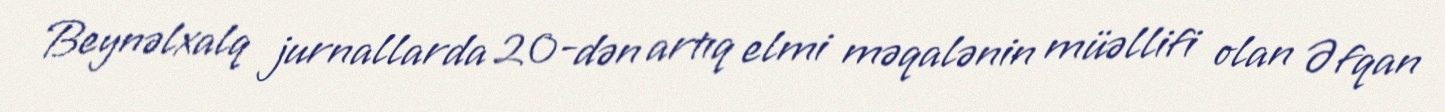
Beynəlxalq jurnallarda 20-dən artıq elmi məqalənin müəllifi olan Əfqan